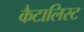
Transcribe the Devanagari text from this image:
कैटालिस्ट